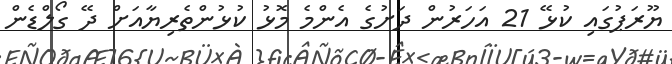
ޔޫރަޕުގައި ކުޅޭ 21 އަހަރުން ދަށުގެ އެންމެ މޮޅު ކުޅުންތެރިޔާއަށް ދޭ ގޯލްޑެން